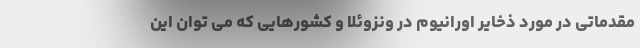
مقدماتی در مورد ذخایر اورانیوم در ونزوئلا و کشورهایی که می توان این